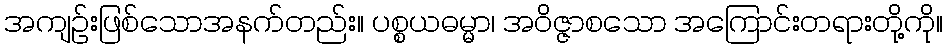
အကျဉ်းဖြစ်သောအနက်တည်း။ ပစ္စယဓမ္မာ၊ အဝိဇ္ဇာစသော အကြောင်းတရားတို့ကို။